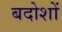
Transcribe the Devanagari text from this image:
बदोशों